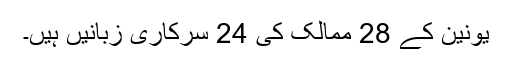
یونین کے 28 ممالک کی 24 سرکاری زبانیں ہیں۔